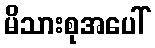
မိသားစုအပေါ်